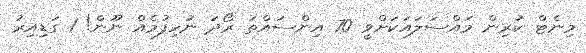
މިނެޓް ކުރިން މައްސަލައަކަށްވީ 70 އިންސައްތަ ރޯދަ ނުހިފުމެއް ނޫން! 1 ގަޑިއިރު